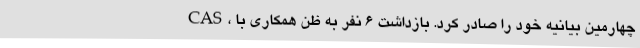
CAS، چهارمین بیانیه خود را صادر کرد. بازداشت ۶ نفر به ظن همکاری با